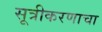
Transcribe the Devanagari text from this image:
सूत्रीकरणाचा